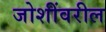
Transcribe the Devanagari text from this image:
जोशींवरील